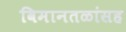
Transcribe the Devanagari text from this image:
विमानतळांसह